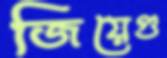
জিয়েগু